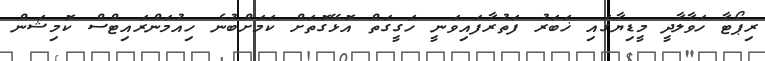
ރިޕޯޓާ ހަވާލާދީ މީޑިޔާގައި ޚަބަރު ފަތުރާފައިވަނީ ހަގީގަތް އޮޅޭގޮތަށް ކަމަށްބުނެ ހިއުމަންރައިޓްސް ކޮމިޝަން